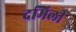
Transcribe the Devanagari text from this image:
दमिली